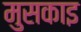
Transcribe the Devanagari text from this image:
मुसकाइ